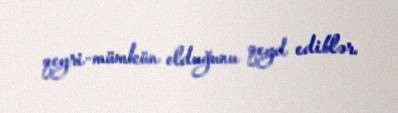
qeyri-mümkün olduğunu qeyd ediblər.